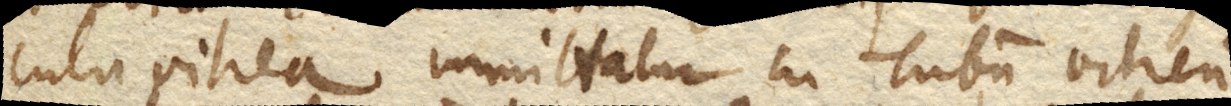
cula vitrea immittatur in Tubum vitreum